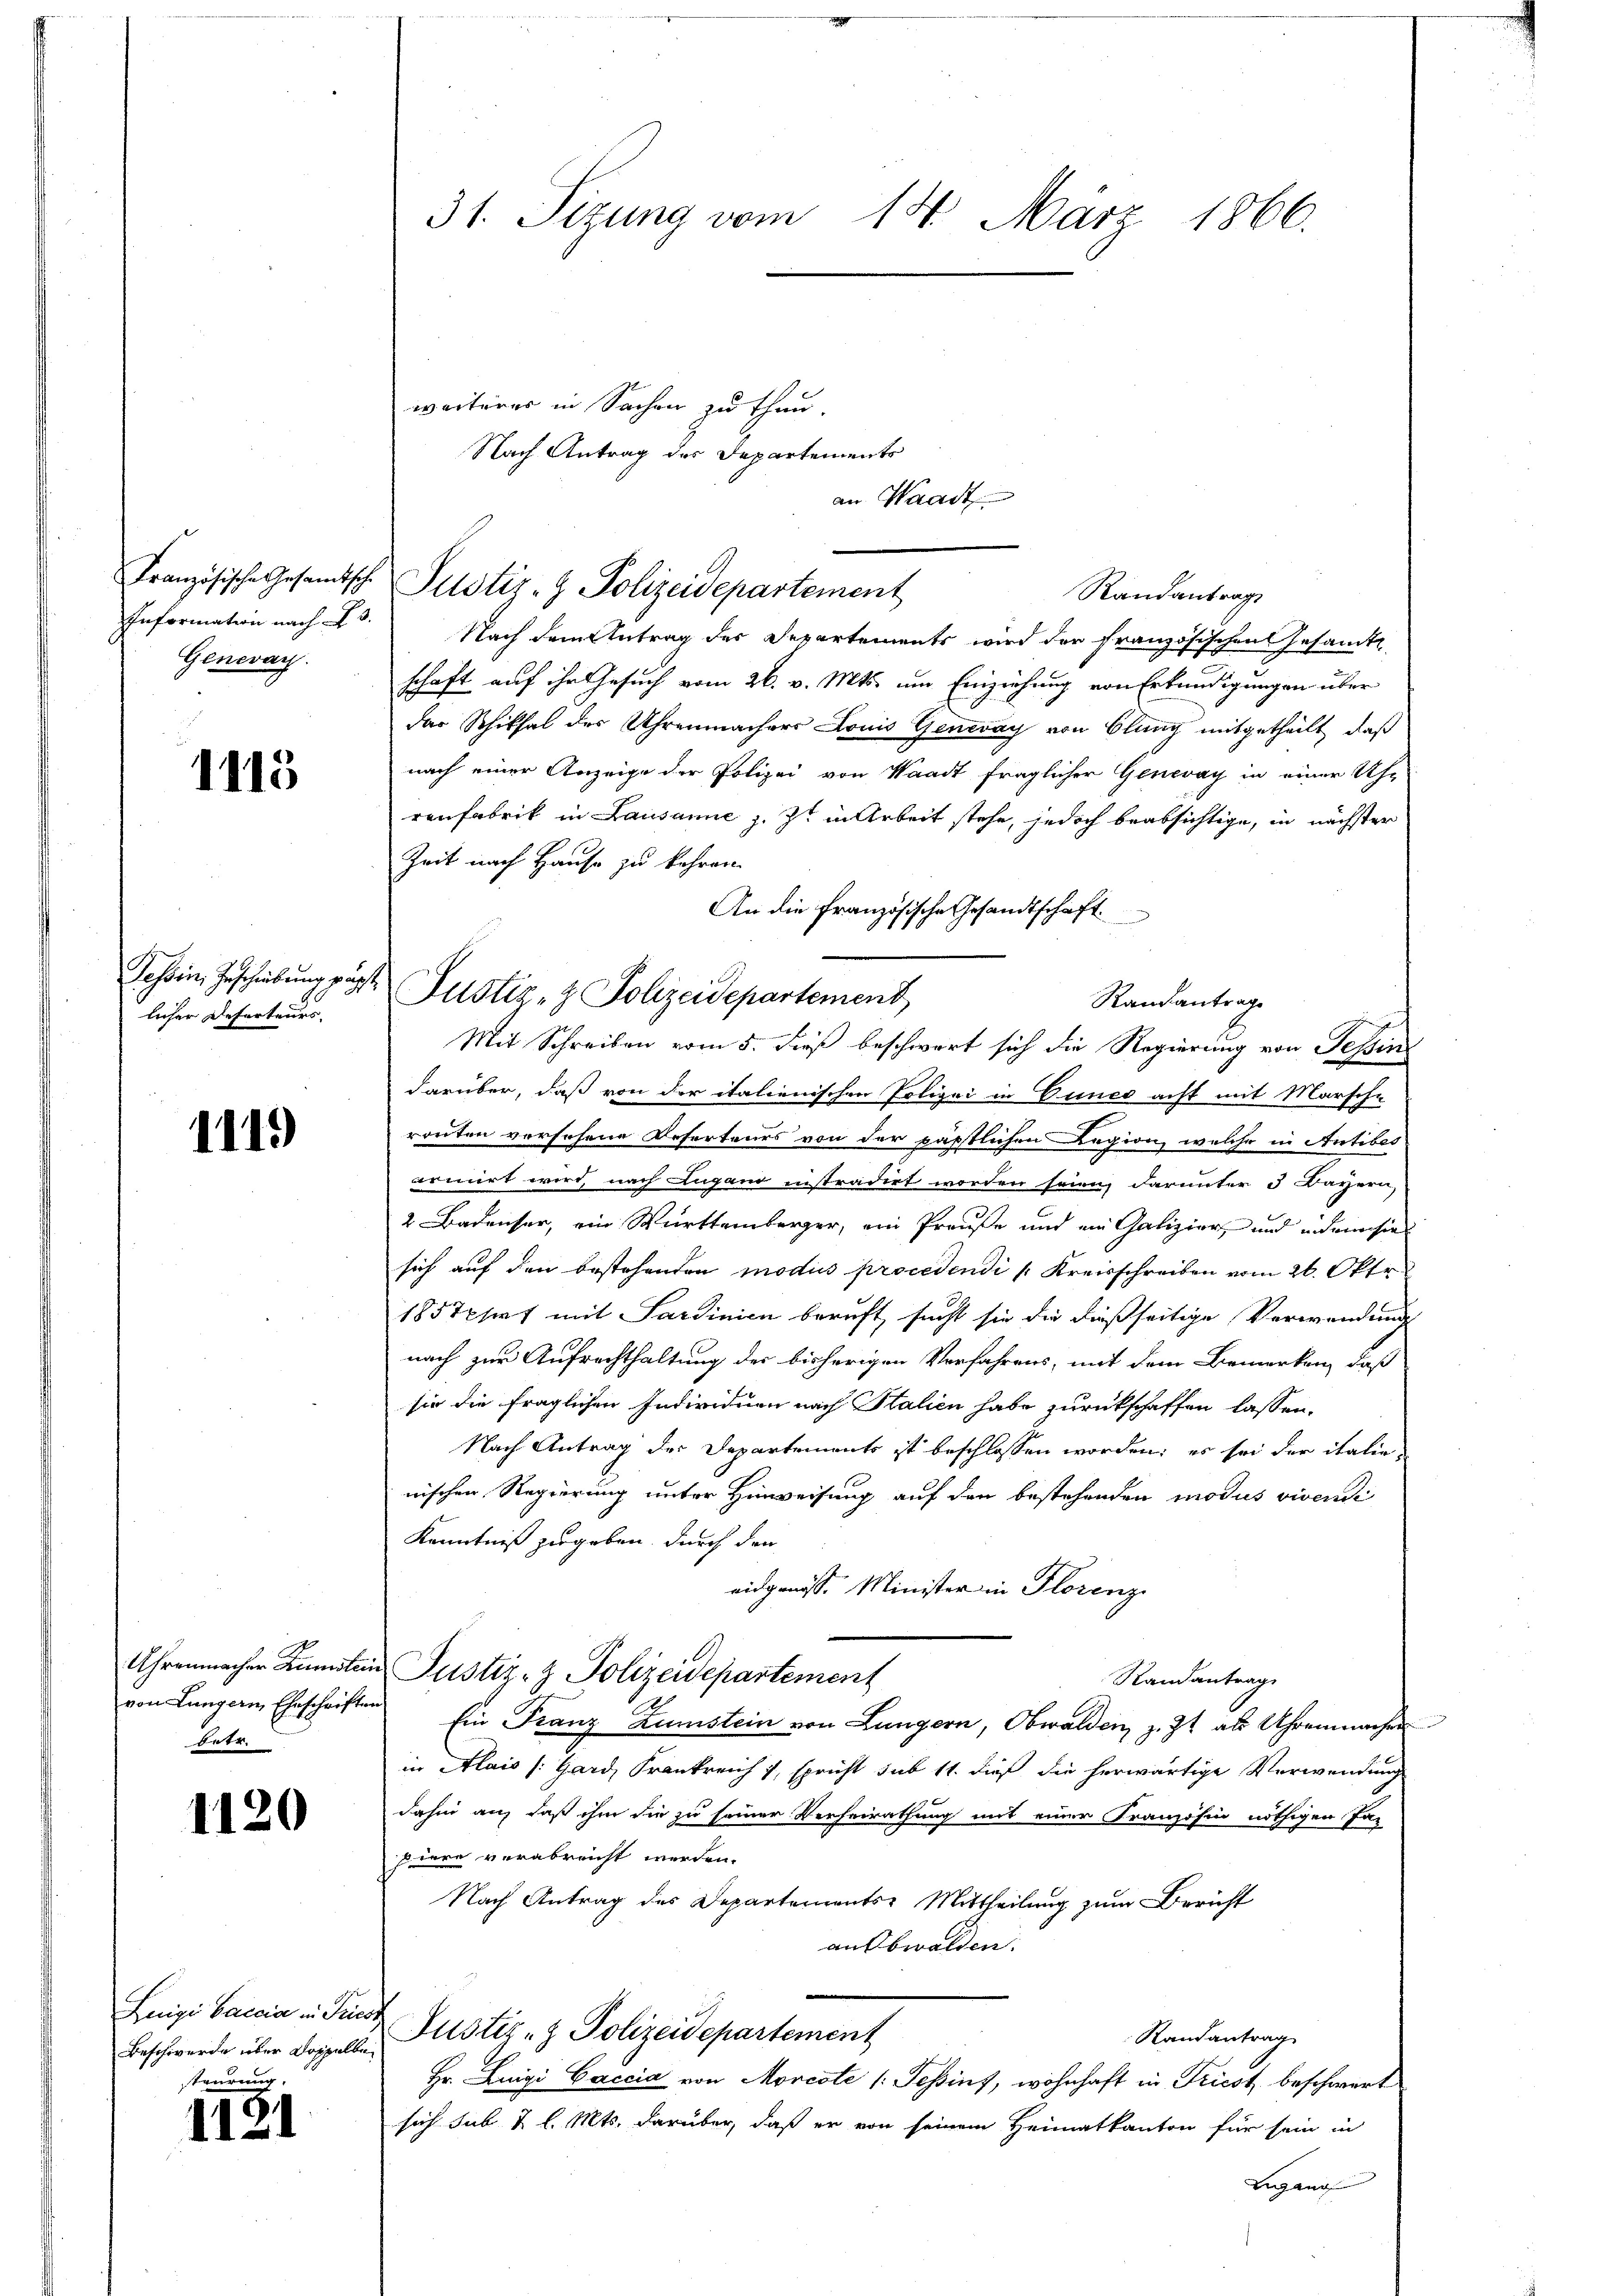
Französische Gesamtsch
Information nach § 3.
Genevay.

1115

Tessin, Geschiebung pag.
licher Deserteurs.

1119

Uhrenmacher Kunstein
von Lungern Eheschriften
betr.

1120

Luigi Caccia in Tries.
Beschwerde über Doppelbe
teurung.

1121

31. Sizung vom 14. März 1866.

weiteres in Sachen zu thun.
Nach Antrag des Departements
an Waadt
Justiz- & Polizeidepartement
Randantrag
Nach dem Antrag des Departements wird der französischen Gesamt
schaft auf ihr Gesuch vom 26. v. Mts. um Einziehung von Erkundigungen über
das Schiksal der Uhrenmachers Louis Genevay von Blung mitgetheilt, daß
nach einer Anzeige der Polizei von Waadt fraglicher Genevay in einer Uhr
renfabrik in Lausanne z. Zt in Arbeit stehe, jedoch beabsichtige, in nächster
Zeit nach Hause zu kehren.
An die Französische Gesandtschaft
Randantrage
Mit Schreiben vom 5. dieß beschwert sich die Regierung von Tessin
darüber, daß von der italienischen Polizei in Cunes acht mit Marsche
routen versehene Referteurs von der päpstlichen Legion, welche in Antibes
armirt wird, nach Lugano instradirt worden seien, darunter 3 Bayern,
2 Badenser, ein Württemberger, ein Preuße und ein Galizier und indem hies
sich auf den bestehenden modus procedendi (Kreisschreiben vom 26. Okto
1857xsirt mit Sardinien beruft, sucht sie die dießseitige Verwendung
nach zur Aufrechthaltung der bisherigen Verfahrens, mit dem Bemerken, daß
sie die fraglichen Individuen nach Salien habe zurückschaffen lassen.
Nach Antrag des Departements ist beschlossen worden; es sei der italienischen Regierung unter Hinweisung auf den bestehenden modus vivendi
Kenntniß zugeben durch den
eidgenöss. Minister in Florenz
u Justiz- & Polizeidepartement
Randantrag
Ein Franz Zumstein von Lungern, Obwalden, z. Zt. als Uhrenmachen
in Alais (Gard, Frankreich, spricht sub 11. dieß die herwärtige Verwendung
dahin auf daß ihm die zu seiner Verheirathung mit einer Französin nöthigen Pa-
pdere verabreicht werden.
Nach Antrag des Departements-Mittheilung zum Bericht
aubwalden.
Justiz- & Polizeidepartement
Randantrag
Hr. Luigi Caccia von Morcote (Tessins, wohnhaft in Triest beschwert
sich sub 2 l. Mts. darüber, daß er von seinem Heimatkanton für sein in
Lugang

.
Justiz- & Polizeidepartement,